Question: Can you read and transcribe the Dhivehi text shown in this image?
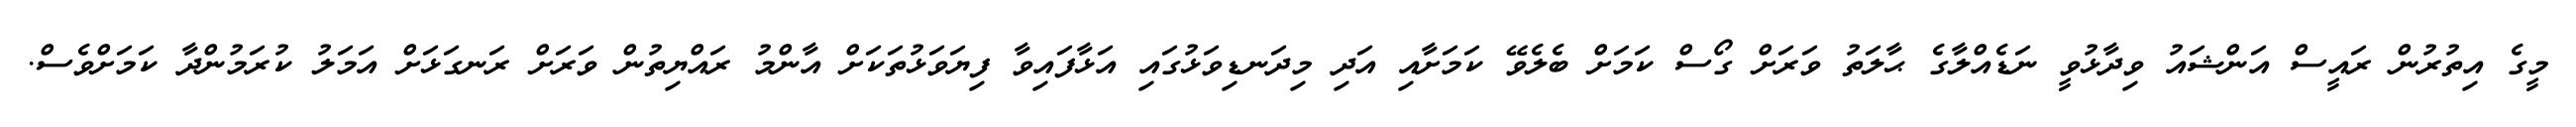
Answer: މީގެ އިތުރުން ރައީސް އަންޝައު ވިދާޅުވީ ނަޑެއްލާގެ ޙާލަތު ވަރަށް ގޯސް ކަމަށް ބެލެވޭ ކަމަށާއި އަދި މިދަނޑިވަޅުގައި އަޅާފައިވާ ފިޔަވަޅުތަކަށް އާންމު ރައްޔިތުން ވަރަށް ރަނގަޅަށް އަމަލު ކުރަމުންދާ ކަމަށްވެސް.